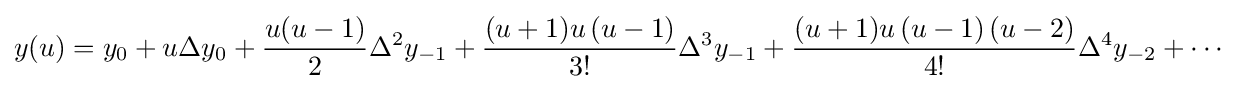
y(u)=y_{0}+u\Delta y_{0}+{\frac {u(u-1)}{2}}\Delta ^{2}y_{-1}+{\frac {(u+1)u\left(u-1\right)}{3!}}\Delta ^{3}y_{-1}+{\frac {(u+1)u\left(u-1\right)(u-2)}{4!}}\Delta ^{4}y_{-2}+\cdots